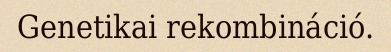
Genetikai rekombináció.